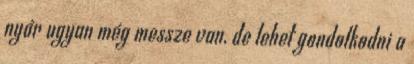
nyár ugyan még messze van, de lehet gondolkodni a